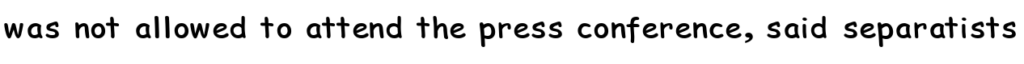
was not allowed to attend the press conference, said separatists